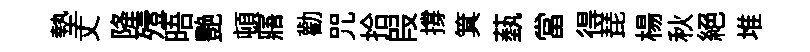
墊丈降殪晤艷頓寤勸咒拾叚撐箕蓺當得琵楊秋絕堆